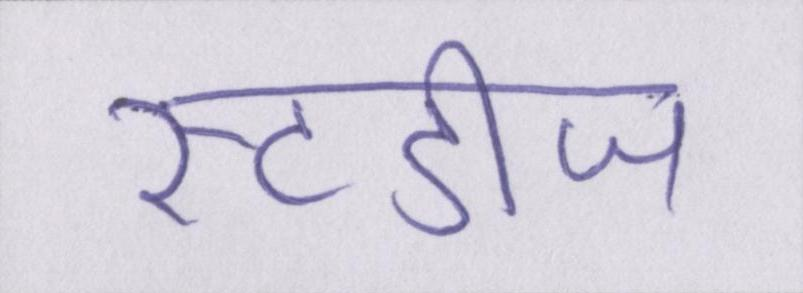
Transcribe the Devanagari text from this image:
स्टडीज